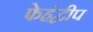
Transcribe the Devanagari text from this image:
फेहंद्वीप